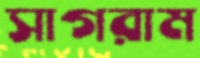
সাগরাম